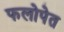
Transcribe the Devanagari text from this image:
फलोपेत